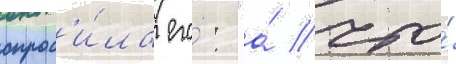
спрос'и́ла его́: "а́ что́